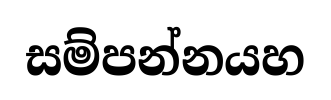
සම්පන්නයහ